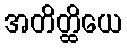
အတိတ္ထိယေ